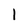
Character: l